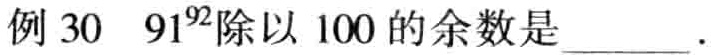
例 \(30\) \(91^{92}\)除以 \(100\) 的余数是________.